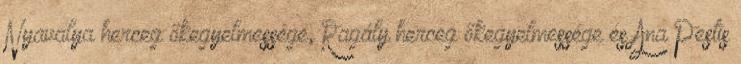
Nyavalya herceg őkegyelmessége, Ragály herceg őkegyelmessége és Ana Pestis